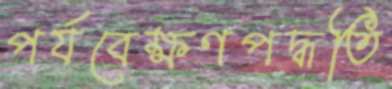
পর্যবেক্ষণপদ্ধতি